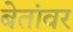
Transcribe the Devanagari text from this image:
बेतांवर